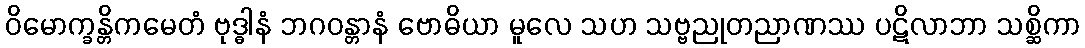
ဝိမောက္ခန္တိကမေတံ ဗုဒ္ဓါနံ ဘဂဝန္တာနံ ဗောဓိယာ မူလေ သဟ သဗ္ဗညုတညာဏဿ ပဋိလာဘာ သစ္ဆိကာ